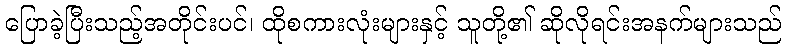
ပြောခဲ့ပြီးသည့်အတိုင်းပင်၊ ထိုစကားလုံးများနှင့် သူတို့၏ ဆိုလိုရင်းအနက်များသည်